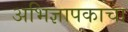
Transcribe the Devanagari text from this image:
अभिज्ञापकाचा